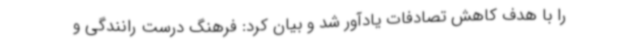
را با هدف کاهش تصادفات یادآور شد و بیان کرد: فرهنگ درست رانندگی و